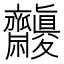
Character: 𪗓